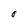
Character: O